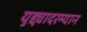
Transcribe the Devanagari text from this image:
युद्द्यादरम्यान